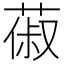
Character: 𦵦